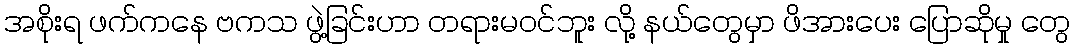
အစိုးရ ဖက်ကနေ ဗကသ ဖွဲ့ခြင်းဟာ တရားမဝင်ဘူး လို့ နယ်တွေမှာ ဖိအားပေး ပြောဆိုမှု တွေ